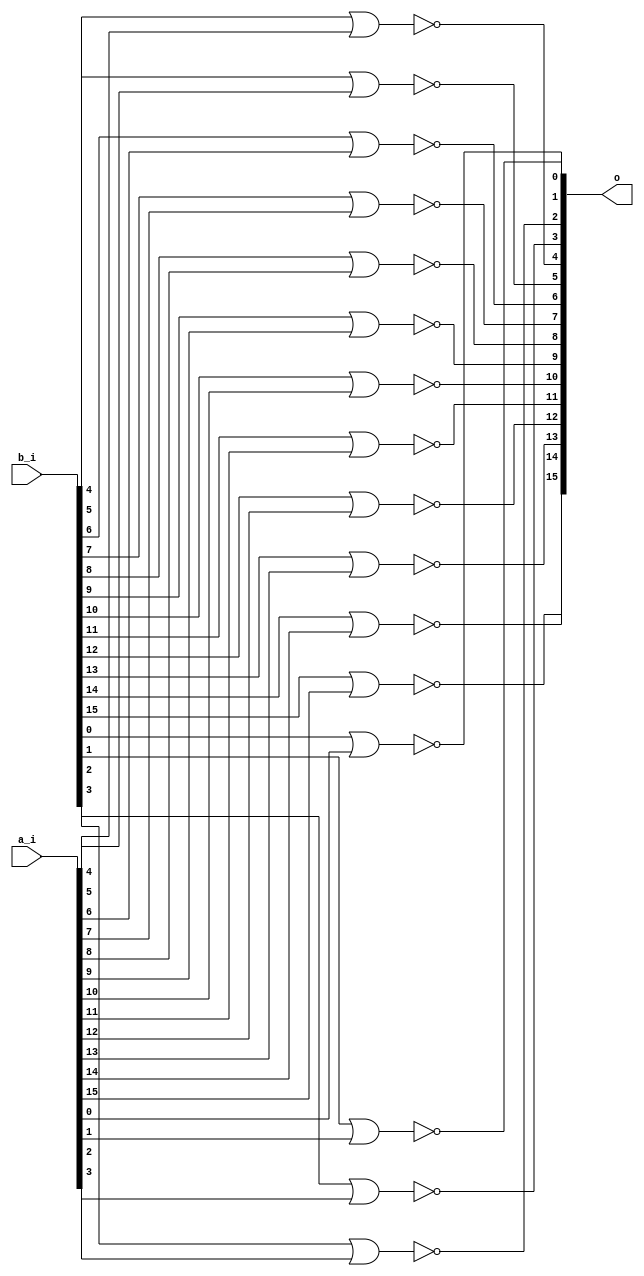
/* Generated by Yosys 0.27+9 (git sha1 101d19bb6, gcc 11.2.0-7ubuntu2 -fPIC -Os) */

(* top =  1  *)

module bsg_nor2(a_i, b_i, o);
  
  input [15:0] a_i;
  wire [15:0] a_i;
  
  input [15:0] b_i;
  wire [15:0] b_i;
  
  output [15:0] o;
  wire [15:0] o;
  assign o[4] = ~(b_i[4] | a_i[4]);
  assign o[5] = ~(b_i[5] | a_i[5]);
  assign o[6] = ~(b_i[6] | a_i[6]);
  assign o[7] = ~(b_i[7] | a_i[7]);
  assign o[8] = ~(b_i[8] | a_i[8]);
  assign o[9] = ~(b_i[9] | a_i[9]);
  assign o[10] = ~(b_i[10] | a_i[10]);
  assign o[11] = ~(b_i[11] | a_i[11]);
  assign o[12] = ~(b_i[12] | a_i[12]);
  assign o[13] = ~(b_i[13] | a_i[13]);
  assign o[14] = ~(b_i[14] | a_i[14]);
  assign o[15] = ~(b_i[15] | a_i[15]);
  assign o[0] = ~(b_i[0] | a_i[0]);
  assign o[1] = ~(b_i[1] | a_i[1]);
  assign o[2] = ~(b_i[2] | a_i[2]);
  assign o[3] = ~(b_i[3] | a_i[3]);
endmodule